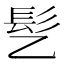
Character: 𫘸